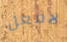
لافعل